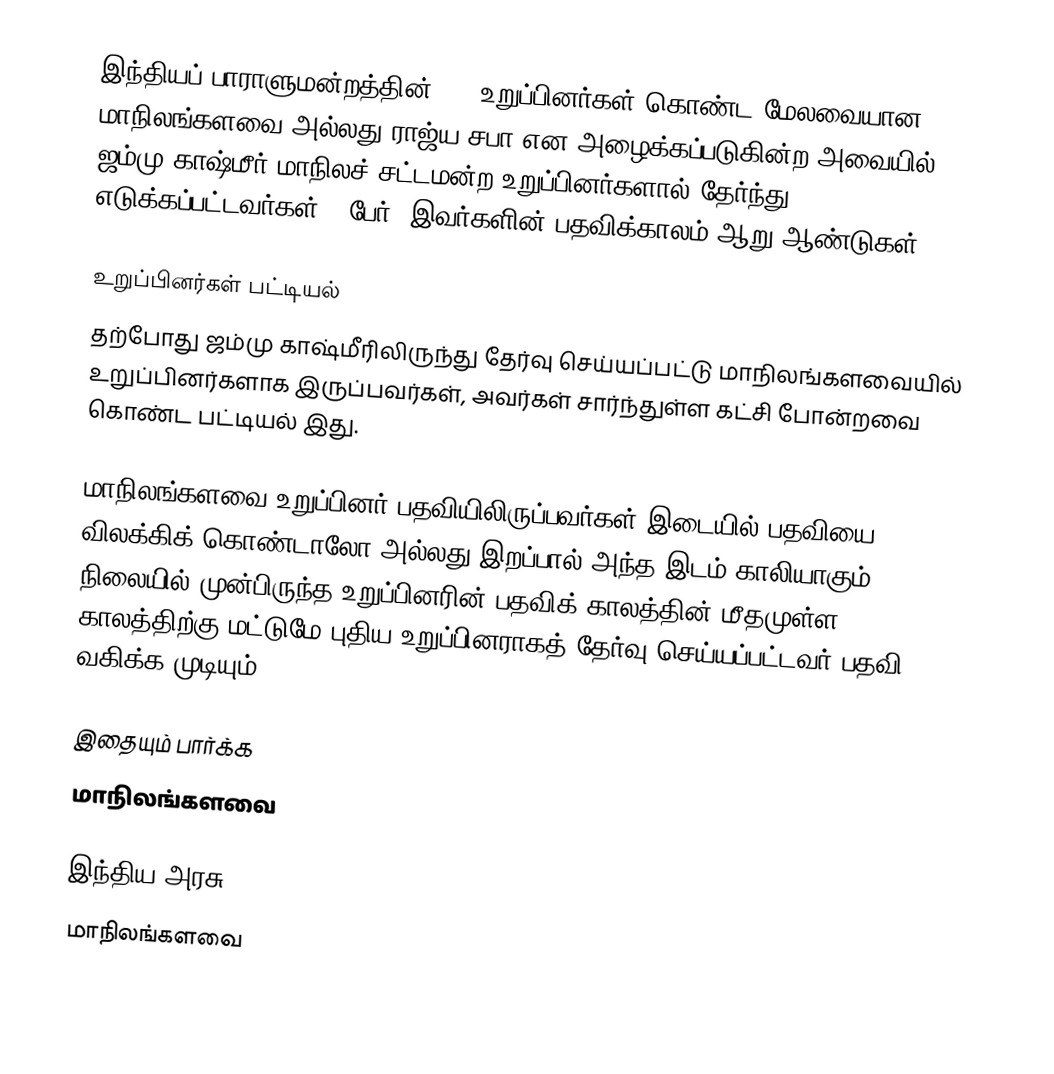
இந்தியப் பாராளுமன்றத்தின் 245 உறுப்பினர்கள் கொண்ட மேலவையான மாநிலங்களவை அல்லது ராஜ்ய சபா  என அழைக்கப்படுகின்ற அவையில் ஜம்மு காஷ்மீர் மாநிலச் சட்டமன்ற உறுப்பினர்களால் தேர்ந்து எடுக்கப்பட்டவர்கள் 4 பேர். இவர்களின் பதவிக்காலம் ஆறு ஆண்டுகள்.

உறுப்பினர்கள் பட்டியல்
தற்போது ஜம்மு காஷ்மீரிலிருந்து தேர்வு செய்யப்பட்டு மாநிலங்களவையில் உறுப்பினர்களாக இருப்பவர்கள், அவர்கள் சார்ந்துள்ள கட்சி போன்றவை கொண்ட பட்டியல் இது.

 மாநிலங்களவை உறுப்பினர் பதவியிலிருப்பவர்கள் இடையில் பதவியை விலக்கிக் கொண்டாலோ அல்லது இறப்பால் அந்த இடம் காலியாகும் நிலையில் முன்பிருந்த உறுப்பினரின் பதவிக் காலத்தின் மீதமுள்ள காலத்திற்கு மட்டுமே புதிய உறுப்பினராகத் தேர்வு செய்யப்பட்டவர் பதவி வகிக்க முடியும்.

இதையும் பார்க்க
மாநிலங்களவை

இந்திய அரசு
மாநிலங்களவை